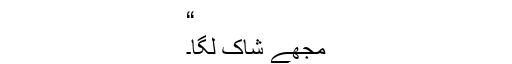
“
مجھے شاک لگا۔